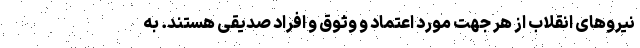
نیروهای انقلاب از هر جهت مورد اعتماد و وثوق و افراد صدیقی هستند. به